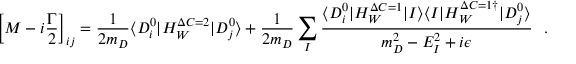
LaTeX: \left[ M - i \frac { \Gamma } { 2 } \right] _ { i j } = \frac { 1 } { 2 m _ { D } } \langle D _ { i } ^ { 0 } | { \cal H } _ { W } ^ { \Delta C = 2 } | D _ { j } ^ { 0 } \rangle + \frac { 1 } { 2 m _ { D } } \sum _ { I } \frac { \langle D _ { i } ^ { 0 } | { \cal H } _ { W } ^ { \Delta C = 1 } | I \rangle \langle I | { \cal H } _ { W } ^ { \Delta C = 1 \dagger } | D _ { j } ^ { 0 } \rangle } { m _ { D } ^ { 2 } - E _ { I } ^ { 2 } + i \epsilon } \ \ .